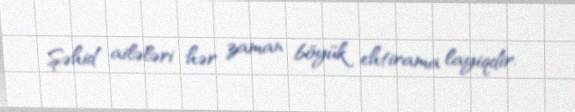
Şəhid ailələri hər zaman böyük ehtirama layiqdir.